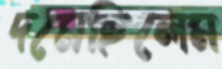
দমেছিলেম